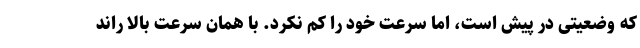
که وضعیتی در پیش است، اما سرعت خود را کم نکرد. با همان سرعت بالا راند